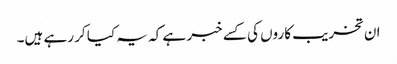
ان تخریب کاروں کی کسے خبر ہے کہ یہ کیا کر رہے ہیں۔